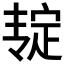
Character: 𰍎